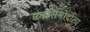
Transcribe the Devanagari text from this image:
क्वासिमोदोला